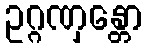
ဥဂ္ဂဏှန္တော